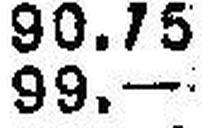
99.—